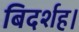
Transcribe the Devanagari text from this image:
बिदर्शह।